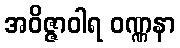
အဝိဇ္ဇာဝါရ ဝဏ္ဏနာ